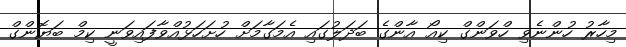
މިހާރު ހުންނެވި ހްވަންގް ކިއޯ އާންގެ ބަދަލުގައި އެމަގާމަށް ހުށަހަޅުއްވާފައިވަނީ ކިމް ބަޔޮންގް